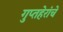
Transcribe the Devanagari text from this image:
गुप्तहेरांचे